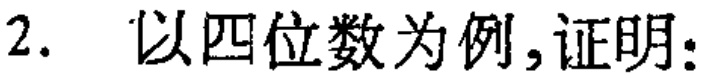
2. 以四位数为例,证明: